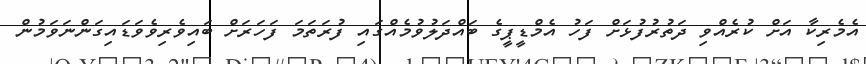
އެމެރިކާ އަށް ކުރެއްވި ދަތުރުފުޅަށް ފަހު އެމްޑީޕީގެ ބައްދަލުވުމެއްގައި ފުރަތަމަ ފަހަރަށް ބައިވެރިވެވަޑައިގަންނަވަމުން